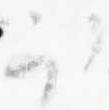
取